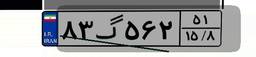
۸۳گ۵۶۲۵۱